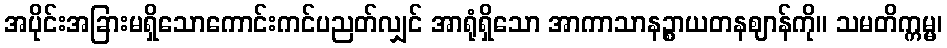
အပိုင်းအခြားမရှိသောကောင်းကင်ပညတ်လျှင် အာရုံရှိသော အာကာသာနဉ္စာယတနဈာန်ကို။ သမတိက္ကမ္မ၊